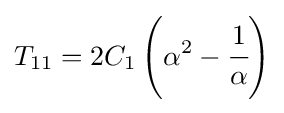
T_{11}=2C_{1}\left(\alpha ^{2}-{\cfrac {1}{\alpha }}\right)